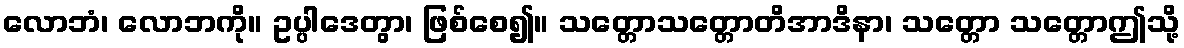
လောဘံ၊ လောဘကို။ ဥပ္ပါဒေတွာ၊ ဖြစ်စေ၍။ သတ္တောသတ္တောတိအာဒိနာ၊ သတ္တော သတ္တောဤသို့